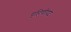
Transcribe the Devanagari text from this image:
गृहिणीपद